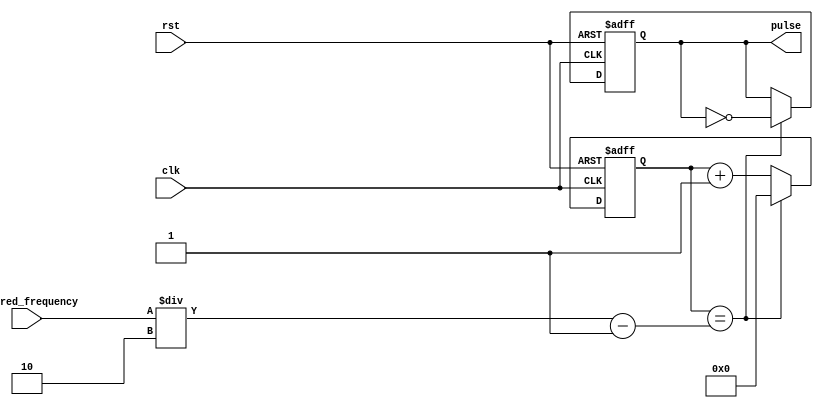
module Variable_Frequency_Pulse_Generator (
    input clk,
    input rst,
    input [15:0] desired_frequency,
    output reg pulse
);

reg [15:0] count = 0;

always @(posedge clk or posedge rst) begin
    if (rst) begin
        count <= 0;
        pulse <= 0;
    end else begin
        if (count == desired_frequency / 2 - 1) begin
            pulse <= ~pulse; // toggle output pulse signal
            count <= 0;
        end else begin
            count <= count + 1;
        end
    end
end

endmodule